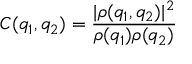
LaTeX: C ( q _ { 1 } , q _ { 2 } ) = \frac { | \rho ( q _ { 1 } , q _ { 2 } ) | ^ { 2 } } { \rho ( q _ { 1 } ) \rho ( q _ { 2 } ) }